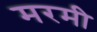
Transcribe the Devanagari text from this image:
मरमी